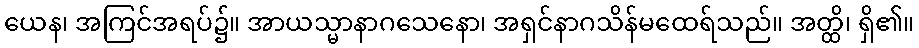
ယေန၊ အကြင်အရပ်၌။ အာယသ္မာနာဂသေနော၊ အရှင်နာဂသိန်မထေရ်သည်။ အတ္ထိ၊ ရှိ၏။